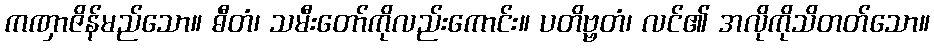
ကဏှာဇိန်မည်သော။ ဓီတံ၊ သမီးတော်ကိုလည်းကောင်း။ ပတိဗ္ဗတံ၊ လင်၏ အလိုကိုသိတတ်သော။